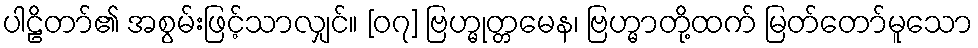
ပါဠိတာ်၏ အစွမ်းဖြင့်သာလျှင်။ [၀၇] ဗြဟ္မုတ္တမေန၊ ဗြဟ္မာတို့ထက် မြတ်တော်မူသော